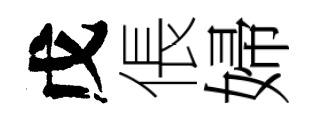
戊倀婦